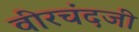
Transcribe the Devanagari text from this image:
वीरचंदजी